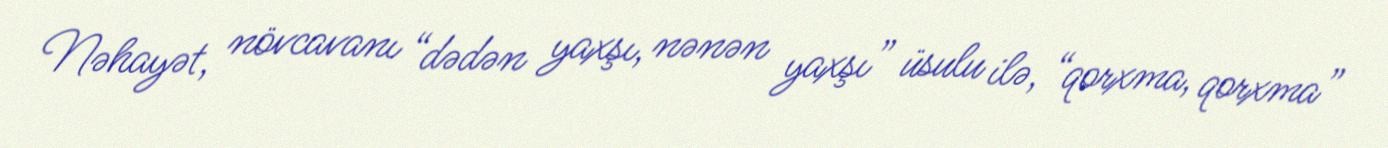
Nəhayət, növcavanı “dədən yaxşı, nənən yaxşı” üsulu ilə, “qorxma, qorxma”